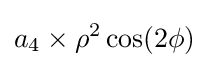
a_{4}\times \rho ^{2}\cos(2\phi )